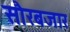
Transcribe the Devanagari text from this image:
सौरबजार